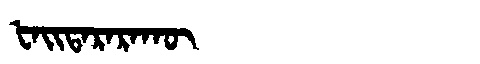
Manchu: ᡶᠠᡳᡨᠠᡵᠠᡵᠠᡴᡡ
Romanization: FAITARARAKŪ